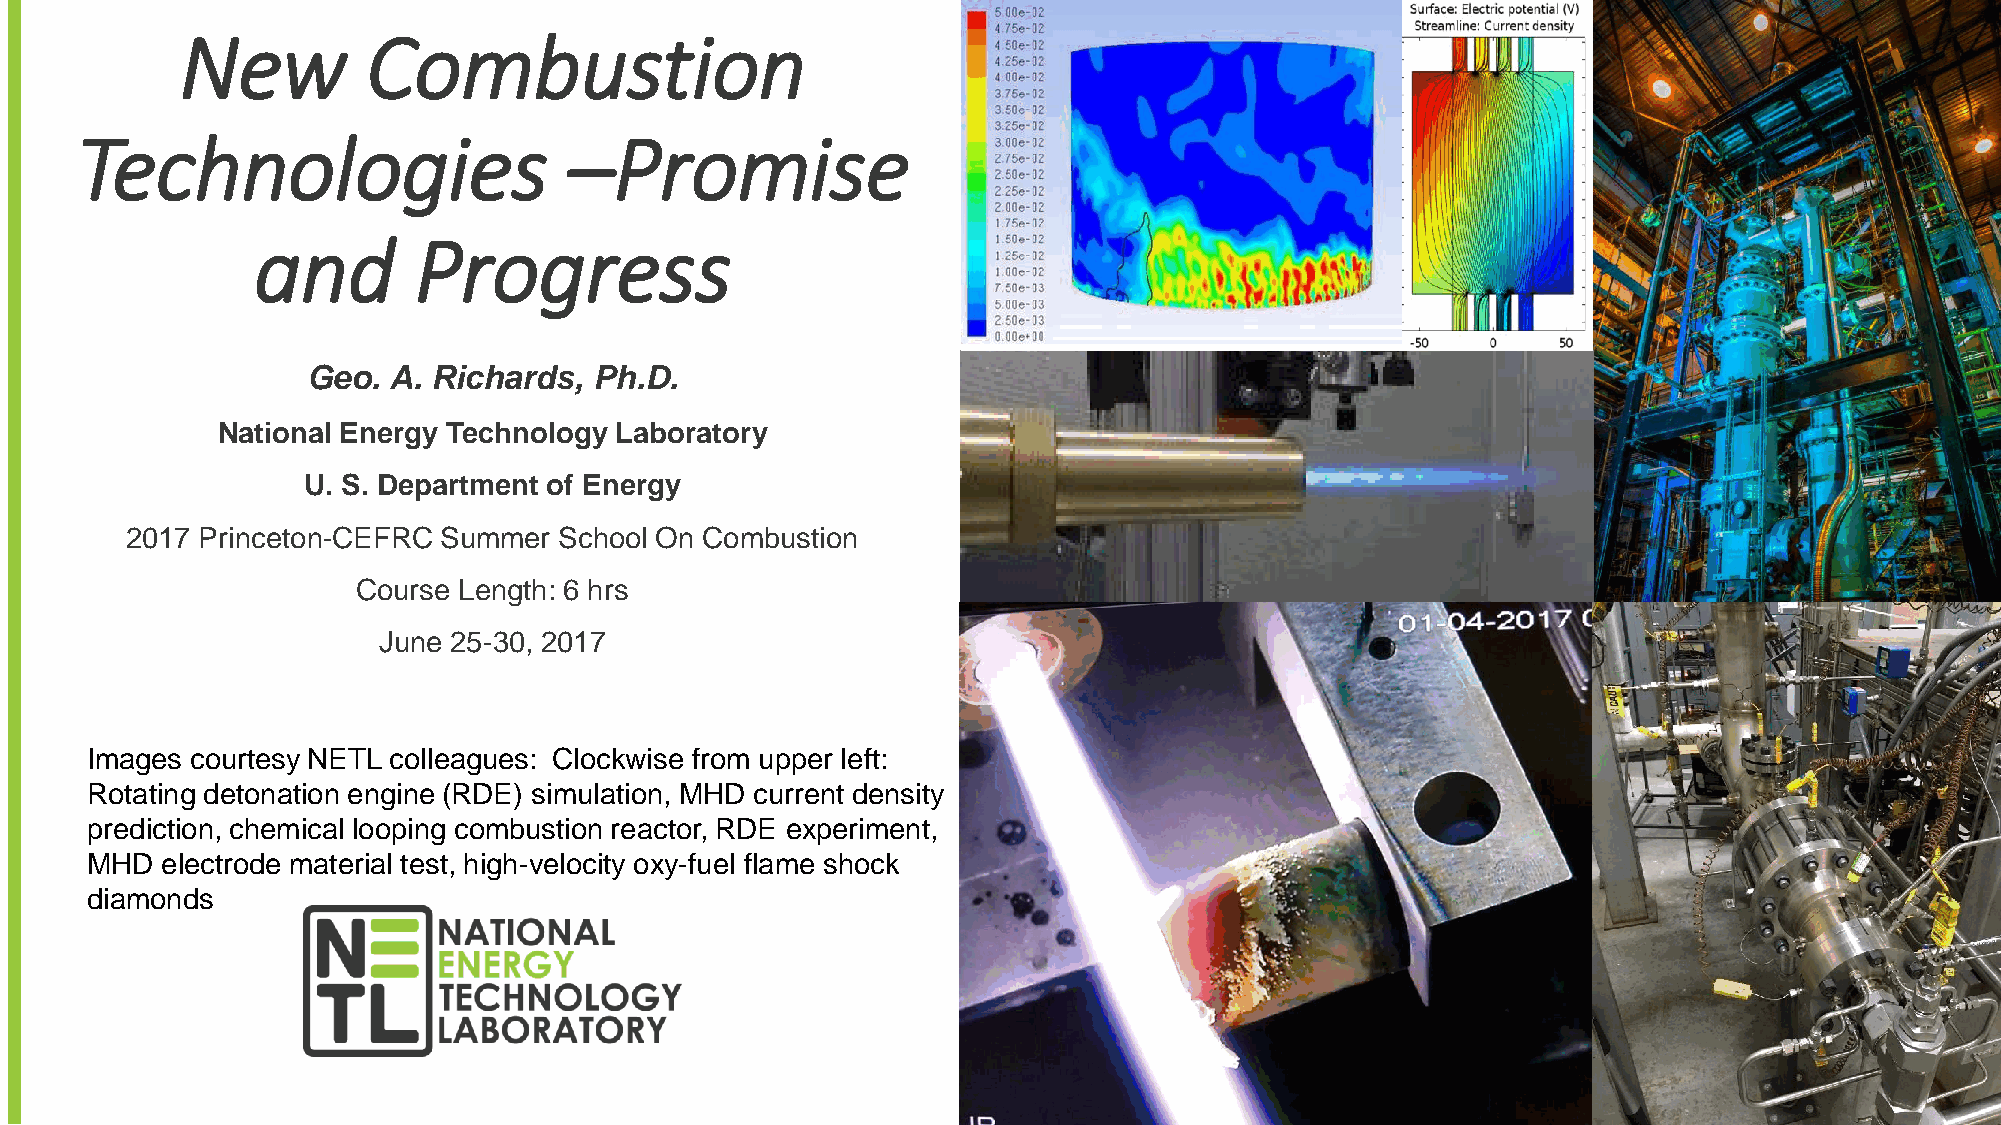
New         Combustion
 Technologies                     –Promise
 and       Progress
 Geo.  A. Richards, Ph.D.
 National Energy Technology Laboratory
 U. S. Department of Energy
 2017 Princeton-CEFRC Summer  School On Combustion
 Course Length: 6 hrs
 June 25-30, 2017
 Images courtesy NETL colleagues: Clockwise from upper left:
 Rotating detonation engine (RDE) simulation, MHD current density
 prediction, chemical looping combustion reactor, RDE experiment,
 MHD  electrode material test, high-velocity oxy-fuel flame shock
 diamonds